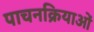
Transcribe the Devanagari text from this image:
पाचनक्रियाओं